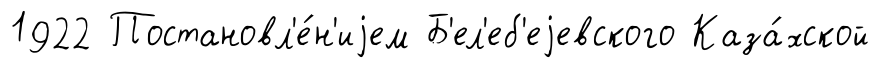
1922 Постановл'е́н'иjем Б'ел'еб'еjевского Каза́хской